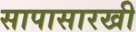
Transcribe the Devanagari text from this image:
सापासारखी